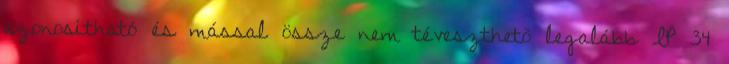
azonosítható és mással össze nem téveszthetõ legalább IP 34